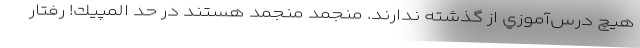
هيچ درس‌آموزي از گذشته ندارند. منجمد منجمد هستند در حد المپيك! رفتار